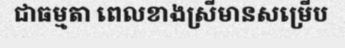
ជាធម្មតា ពេលខាងស្រីមានសម្រើប